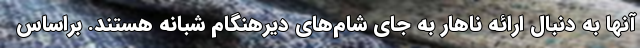
آنها به دنبال ارائه ناهار به جای شام‌های دیرهنگام شبانه هستند. براساس